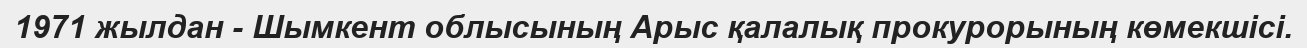
1971 жылдан - Шымкент облысының Арыс қалалық прокурорының көмекшісі.